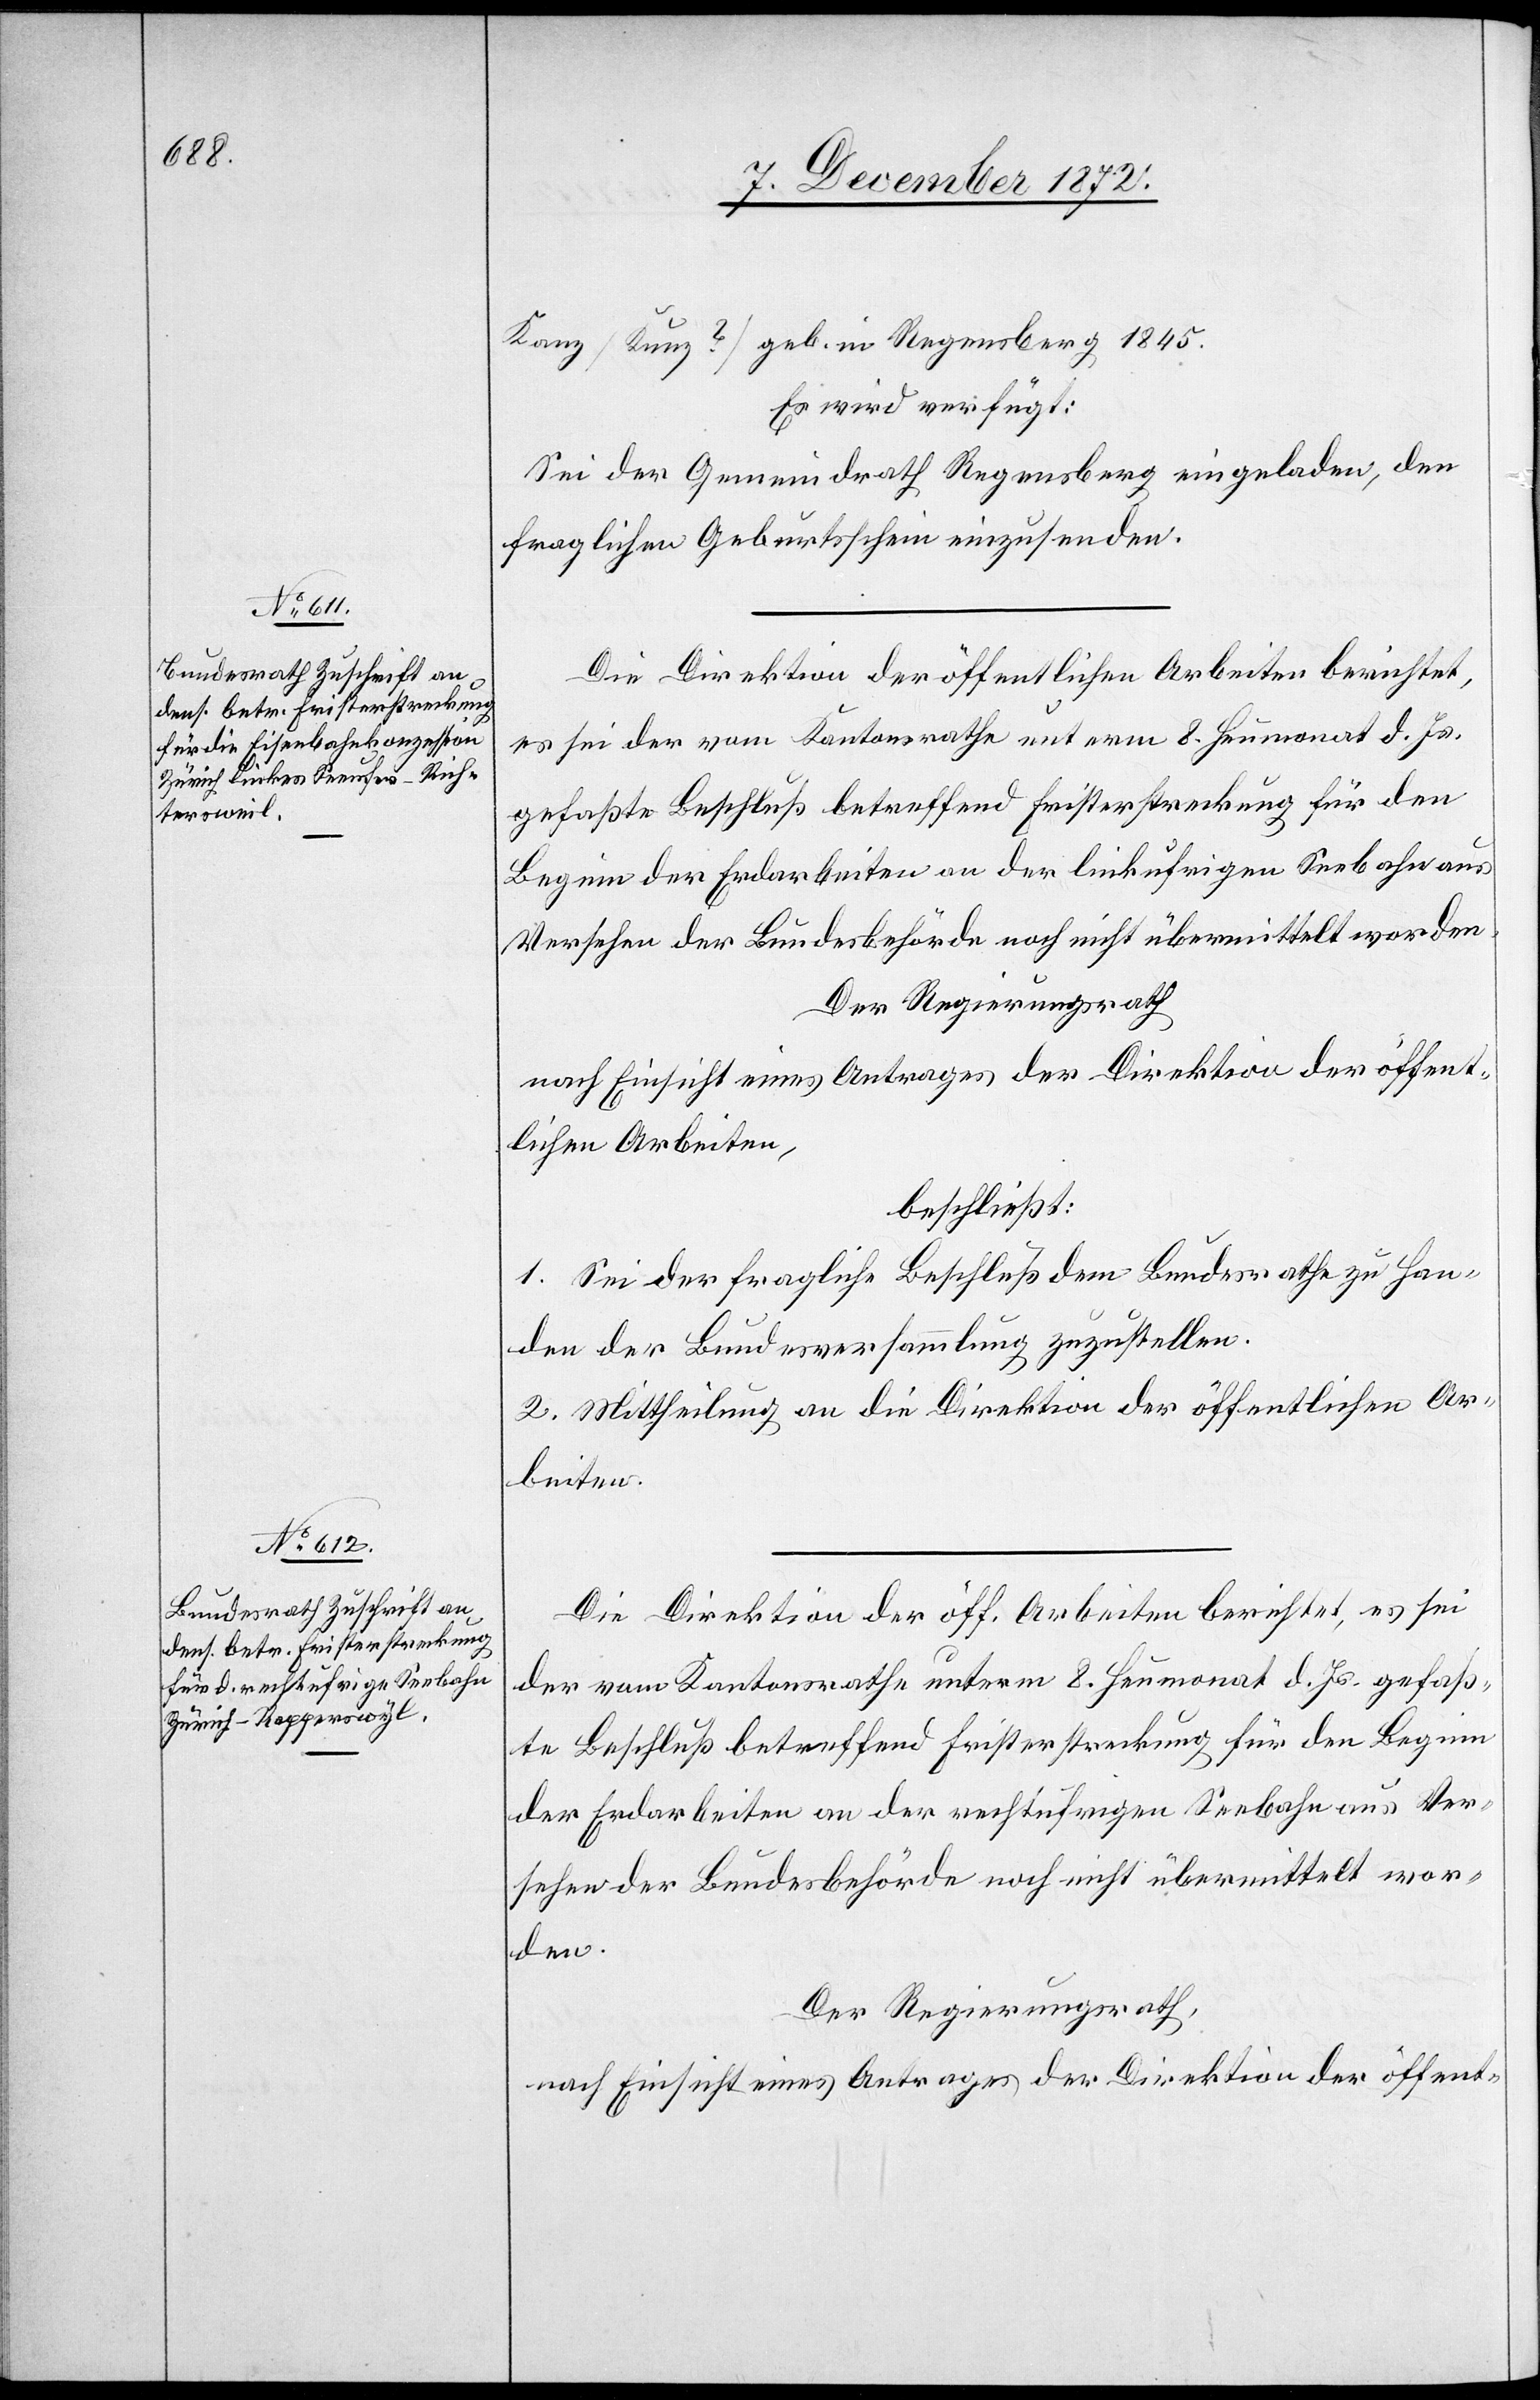
10. December 1872.]
Kanz [Kunz?] [sic!] geb. in Regensberg 1845.
Es wird verfügt:
Sei der Gemeindrath Regensberg eingeladen, den
fraglichen Geburtsschein einzusenden.
Die Direktion der öffentlichen Arbeiten berichtet,
es sei der vom Kantonsrathe unterm 8. Heumonat d. Js.
gefaßte Beschluß betreffend Fristerstreckung für den
Beginn der Erdarbeiten an der linkufrigen Seebahn aus
Versehen der Bundesbehörde noch nicht übermittelt worden.
Der Regierungsrath
nach Einsicht eines Antrages der Direktion der öffent¬
lichen Arbeiten,
beschließt:
1. Sei der fragliche Beschluß dem Bundesrathe zu Han¬
den der Bundesversammlung zuzustellen.
2. Mittheilung an die Direktion der öffentlichen Ar¬
beiten.
Die Direktion der öff. Arbeiten berichtet, es sei
der vom Kantonsrathe unterm 8. Heumonat d. Js. gefaß¬
te Beschluß betreffend Fristerstreckung für den Beginn
der Erdarbeiten an der rechtufrigen Seebahn aus Ver¬
sehen der Bundesbehörde noch nicht übermittelt wor¬
den.
Der Regierungsrath,
nach Einsicht eines Antrages der Direktion der öffent-